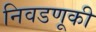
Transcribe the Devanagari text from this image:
निवडणूकी